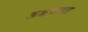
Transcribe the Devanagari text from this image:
अक्षय्यत